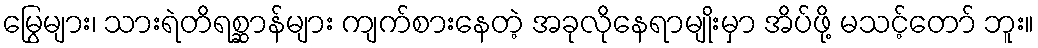
မြွေများ၊ သားရဲတိရစ္ဆာန်များ ကျက်စားနေတဲ့ အခုလိုနေရာမျိုးမှာ အိပ်ဖို့ မသင့်တော် ဘူး။